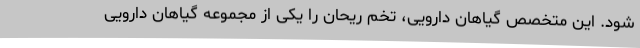
شود. این متخصص گیاهان دارویی، تخم ریحان را یکی از مجموعه گیاهان دارویی